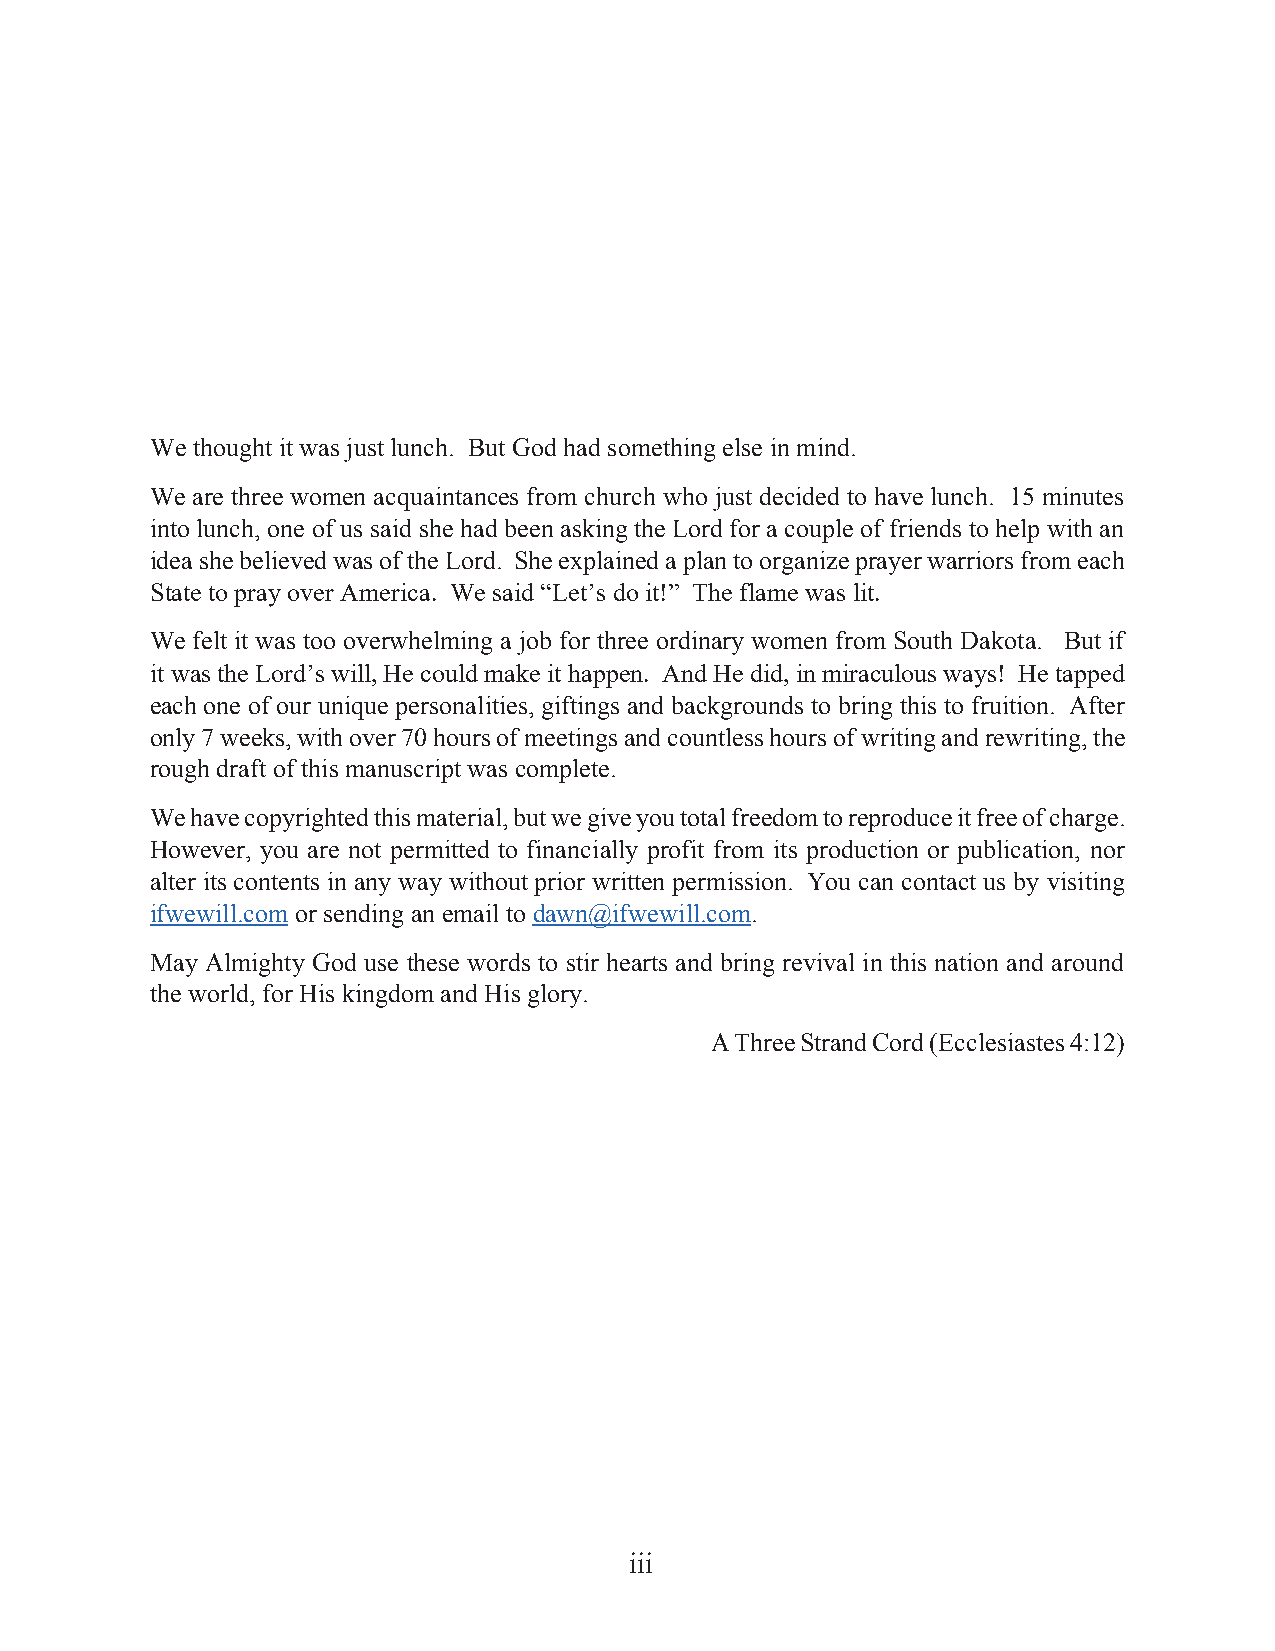
We thought it was just lunch. But God had something else in mind.
 We are three women acquaintances from church who just decided to have lunch. 15 minutes
 into lunch, one of us said she had been asking the Lord for a couple of friends to help with an
 idea she believed was of the Lord. She explained a plan to organize prayer warriors from each
 State to pray over America. We said “Let’s do it!” The flame was lit.
 We felt it was too overwhelming a job for three ordinary women from South Dakota. But if
 it was the Lord’s will, He could make it happen. And He did, in miraculous ways! He tapped
 each one of our unique personalities, giftings and backgrounds to bring this to fruition. After
 only 7 weeks, with over 70 hours of meetings and countless hours of writing and rewriting, the
 rough draft of this manuscript was complete.
 We have copyrighted this material, but we give you total freedom to reproduce it free of charge.
 However, you are not permitted to financially profit from its production or publication, nor
 alter its contents in any way without prior written permission. You can contact us by visiting
 ifwewill.com or sending an email to dawn@ifwewill.com.
 May Almighty God use these words to stir hearts and bring revival in this nation and around
 the world, for His kingdom and His glory.
 A Three Strand Cord (Ecclesiastes 4:12)
 iii